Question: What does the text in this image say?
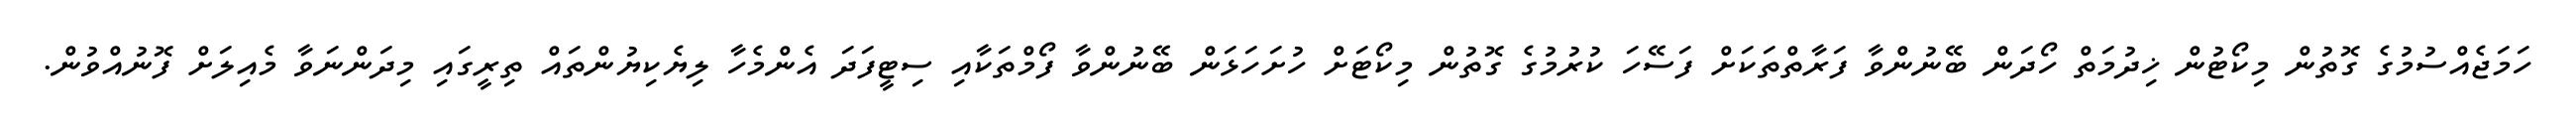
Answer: ހަމަޖެއްސުމުގެ ގޮތުން މިކޯޓުން ޚިދުމަތް ހޯދަން ބޭނުންވާ ފަރާތްތަކަށް ފަސޭހަ ކުރުމުގެ ގޮތުން މިކޯޓަށް ހުށަހަޅަން ބޭނުންވާ ފޯމްތަކާއި ސިޓީފަދަ އެންމެހާ ލިޔެކިޔުންތައް ތިރީގައި މިދަންނަވާ މެއިލަށް ފޮނުއްވުން.